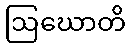
ဩဃောတိ